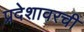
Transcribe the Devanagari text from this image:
प्रदेशावरची